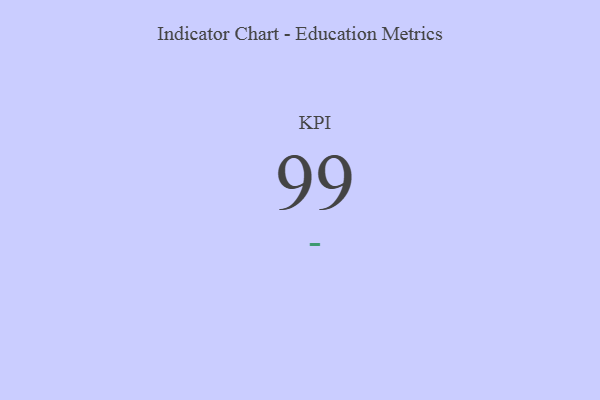
{"axis": {"x": "KPI", "y": "Value"}, "legend": [""], "data": [{"x": "KPI", "y": 99, "type": ""}]}